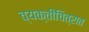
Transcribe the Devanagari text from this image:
व्यक्तीचित्रात